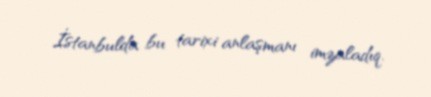
İstanbulda bu tarixi anlaşmanı imzaladıq.